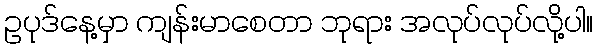
ဥပုဒ်နေ့မှာ ကျန်းမာစေတာ ဘုရား အလုပ်လုပ်လို့ပါ။